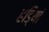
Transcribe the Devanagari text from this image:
हडि्यां